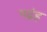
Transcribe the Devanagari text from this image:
पद्रंह